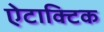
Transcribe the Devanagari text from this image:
ऐटाक्टिक